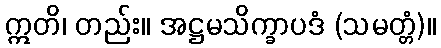
ဣတိ၊ တည်း။ အဋ္ဌမသိက္ခာပဒံ (သမတ္တံ)။